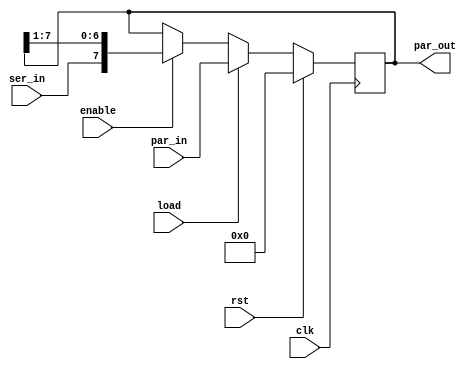
//Version: 1.0

`timescale 1ns/1ns
	
module shift_register #(parameter n = 8)
						(input clk, rst, enable, load,
						input  ser_in,
						input [n-1:0] par_in,
						output reg [n-1:0] par_out);
				
	always @(posedge clk) begin
		if (rst)
			par_out <= 0;
		else if (load)
			par_out <= par_in;	
		else if (enable) begin
			par_out <= {ser_in, par_out[n-1:1]};
		end	
	end
		
endmodule